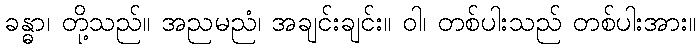
ခန္ဓာ၊ တို့သည်။ အညမညံ၊ အချင်းချင်း။ ဝါ၊ တစ်ပါးသည် တစ်ပါးအား။